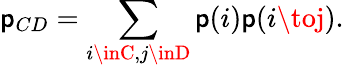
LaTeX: \mathsf{p}_{CD}=\sum_{i\inC,j\inD}\mathsf{p}(i)\mathsf{p}(i\toj).